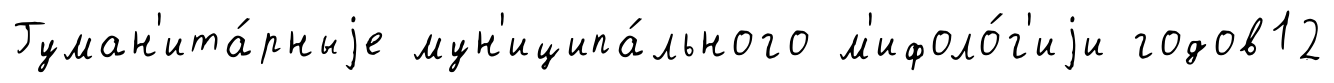
Гуман'ита́рныjе мун'иципа́льного м'ифоло́г'иjи годов12